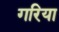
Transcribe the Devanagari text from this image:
गरिया